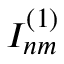
I _ { n m } ^ { ( 1 ) }